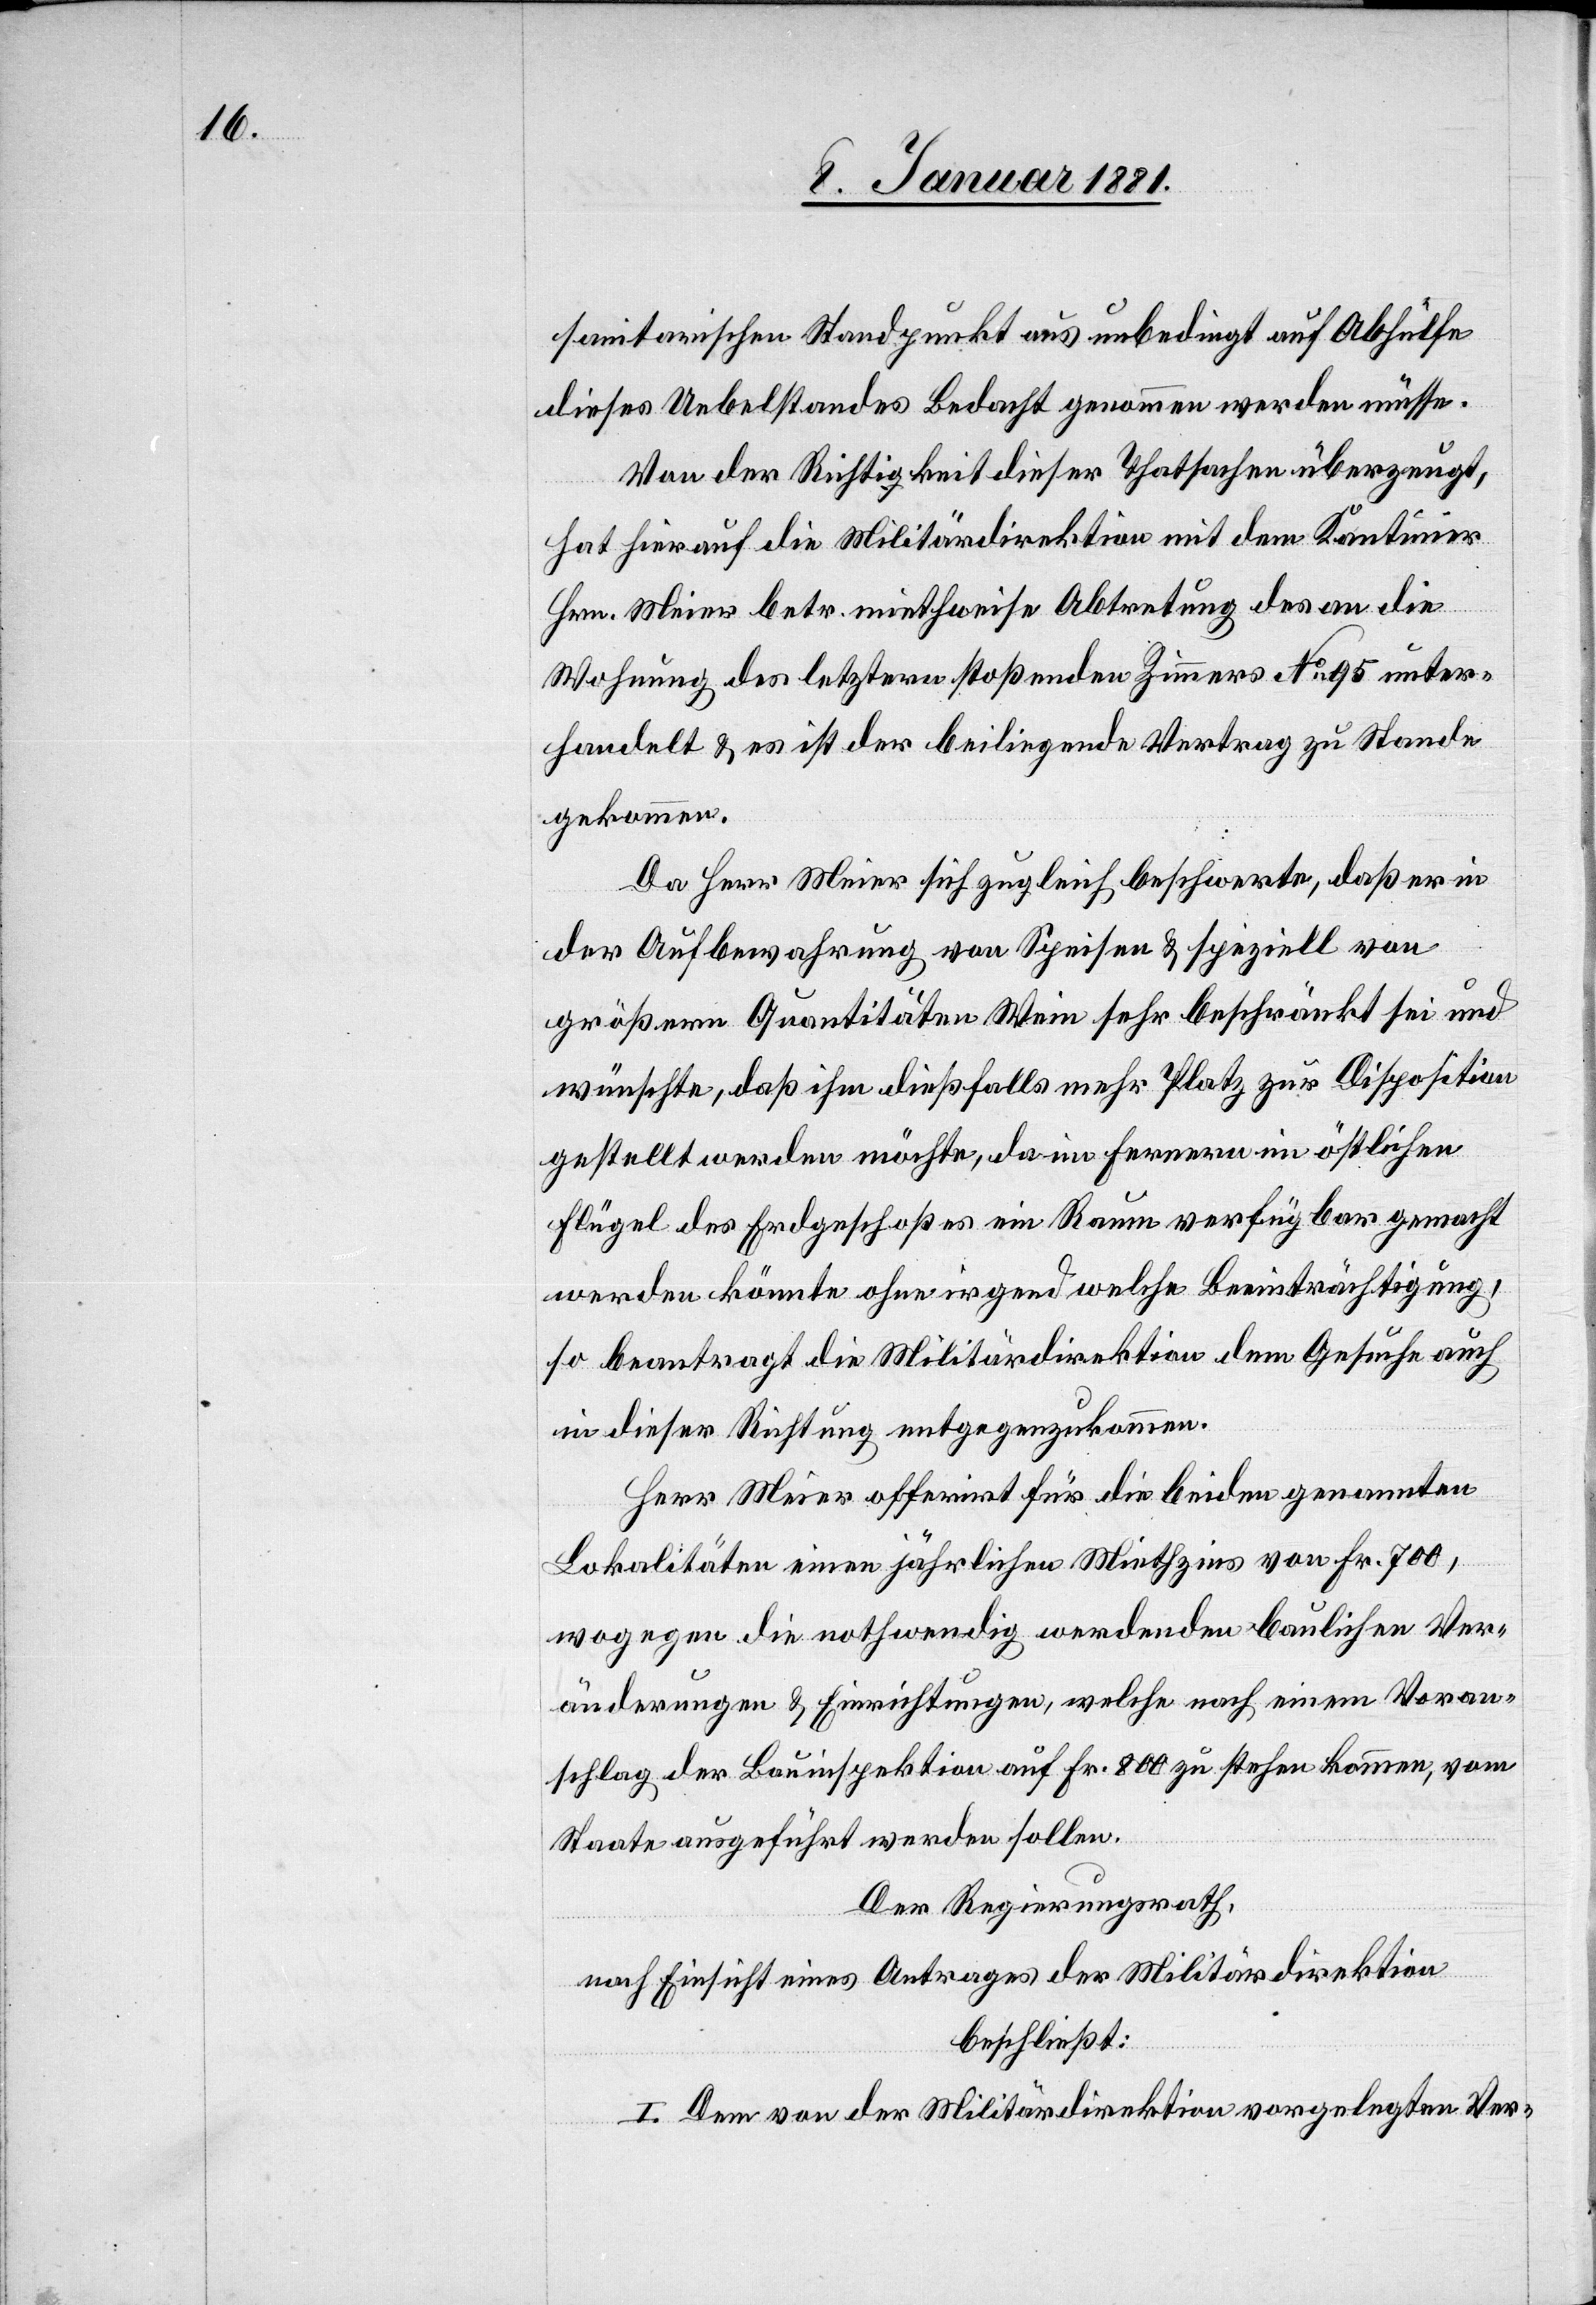
sanitarischen Standpunkt aus unbedingt auf Abhülfe
dieses Uebelstandes Bedacht genommen werden müsse.
Von der Richtigkeit dieser Thatsachen überzeugt,
hat hierauf die Militärdirektion mit dem Kantinier
Hrn. Meier betr. miethweise Abtretung des an die
Wohnung des letztern stoßenden Zimmers No 95 unter¬
handelt & es ist der beiliegende Vertrag zu Stande
gekommen.
Da Herr Meier sich zugleich beschwerte, daß er in
der Aufbewahrung von Speisen & speziell von
größern Quantitäten Wein sehr beschränkt sei und
wünschte, daß ihm dießfalls mehr Platz zur Disposition
gestellt werden möchte, da im Fernern im östlichen
Flügel des Erdgeschoßes ein Raum verfügbar gemacht
werden könnte ohne irgend welche Beeinträchtigung,
so beantragt die Militärdirektion dem Gesuche auch
in dieser Richtung entgegenzukommen.
Herr Meier offerirt für die beiden genannten
Lokalitäten einen jährlichen Miethzins von Fr. 700,
wogegen die nothwendig werdenden baulichen Ver¬
änderungen & Einrichtungen, welche nach einem Voran¬
schlag der Bauinspektion auf Fr. 800 zu stehen kommen, vom
Staate ausgeführt werden sollen.
Der Regierungsrath,
nach Einsicht eines Antrages der Militärdirektion
beschließt:
I. Dem von der Militärdirektion vorgelegten Ver-